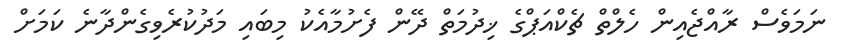
ނަމަވެސް ރާއްޖެއިން ހެލްތް ޗެކްއަޕްގެ ޚިދުމަތް ދޭން ފެށުމާއެކު މިބައި މަދުކުރެވިގެންދާނެ ކަމަށް